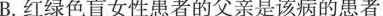
B.红绿色盲女性患者的父亲是该病的患者